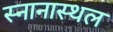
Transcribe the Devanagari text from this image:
स्नानास्थल